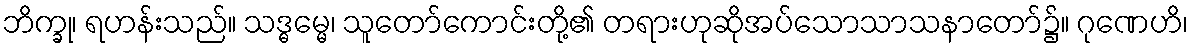
ဘိက္ခု၊ ရဟန်းသည်။ သဒ္ဓမ္မေ၊ သူတော်ကောင်းတို့၏ တရားဟုဆိုအပ်သောသာသနာတော်၌။ ဂုဏေဟိ၊